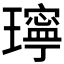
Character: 𤪥